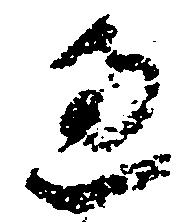
過